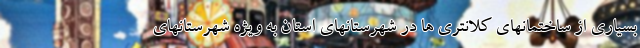
بسیاری از ساختمانهای کلانتری ها در شهرستانهای استان به ویژه شهرستانهای